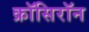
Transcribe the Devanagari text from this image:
क्रॉसिरॉन